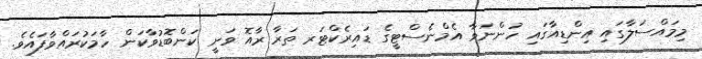
މިމައްސަލާގައި އިންޑިއާގައި ހުންނަވާ އެމްނެސްޓީގެ ޑައިރެކްޓަރ ތަރާ ރާއޮ ވަނީ ކަންބޮޑުވާކަން ހާމަކުރައްވާފައެވެ.